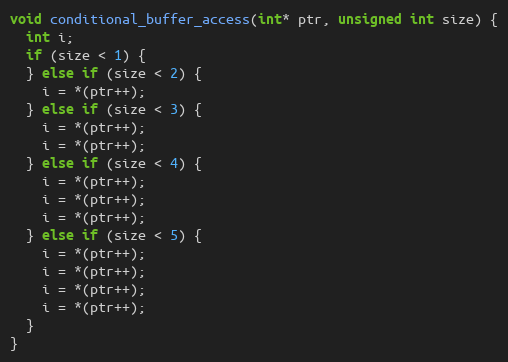
Language: C++
void conditional_buffer_access(int* ptr, unsigned int size) {
  int i;
  if (size < 1) {
  } else if (size < 2) {
    i = *(ptr++);
  } else if (size < 3) {
    i = *(ptr++);
    i = *(ptr++);
  } else if (size < 4) {
    i = *(ptr++);
    i = *(ptr++);
    i = *(ptr++);
  } else if (size < 5) {
    i = *(ptr++);
    i = *(ptr++);
    i = *(ptr++);
    i = *(ptr++);
  }
}